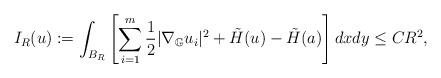
LaTeX: \begin{align*}I_R(u):=\int_{B_{R}} \left[ \sum_{i=1}^m \frac{1}{2} |\nabla_{\mathbb G} u_i|^2 + \tilde H(u) - \tilde H(a) \right] d x dy \le C R^{2},\end{align*}